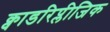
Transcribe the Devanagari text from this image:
क्वाडरिप्लीजिक